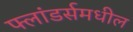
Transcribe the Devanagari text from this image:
फ्लांडर्समधील